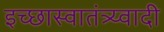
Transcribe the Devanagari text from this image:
इच्छास्वातंत्र्य्वादी